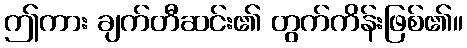
ဤကား ချက်တီဆင်း၏ တွက်ကိန်းဖြစ်၏။